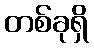
တစ်ခုရှိ